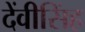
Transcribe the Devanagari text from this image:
देंवीसिंह